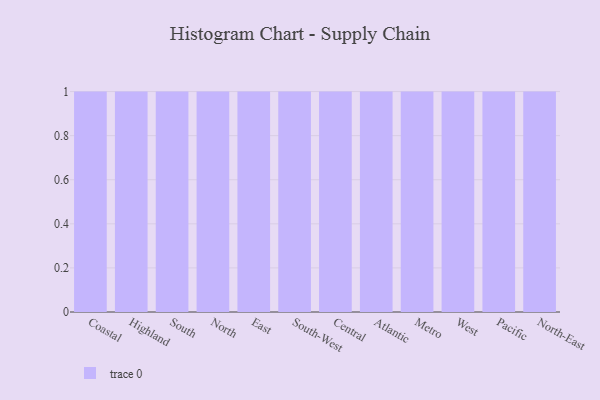
{"axis": {"x": "Region", "y": "Website Visitors"}, "legend": [""], "data": [{"x": "Coastal", "y": 57, "type": ""}, {"x": "Highland", "y": 62, "type": ""}, {"x": "South", "y": 2, "type": ""}, {"x": "North", "y": 83, "type": ""}, {"x": "East", "y": 90, "type": ""}, {"x": "South-West", "y": 83, "type": ""}, {"x": "Central", "y": 18, "type": ""}, {"x": "Atlantic", "y": 46, "type": ""}, {"x": "Metro", "y": 61, "type": ""}, {"x": "West", "y": 91, "type": ""}, {"x": "Pacific", "y": 29, "type": ""}, {"x": "North-East", "y": 40, "type": ""}]}